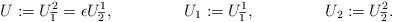
LaTeX: \begin{align*}&U:=U^2_{\overline{1}}=\epsilon U^1_{\overline{2}}, &U_1:=U^1_{\overline{1}}, &&U_2:=U^2_{\overline{2}}. \end{align*}